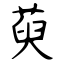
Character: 萸